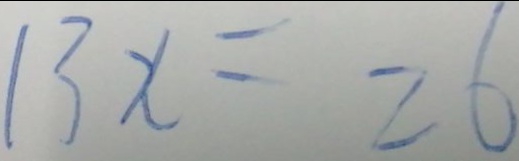
1 3 x = 2 6